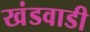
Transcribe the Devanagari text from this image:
खंडवाडी